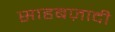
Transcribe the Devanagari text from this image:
साहबज़ादी